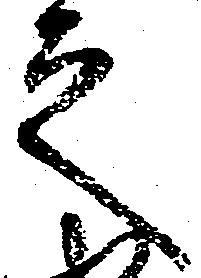
之